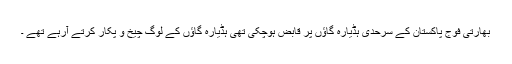
بھارتی فوج پاکستان کے سرحدی ہڈیارہ گاؤں پر قابض ہوچکی تھی ہڈیارہ گاؤں کے لوگ چیخ و پکار کرتے آرہے تھے ۔